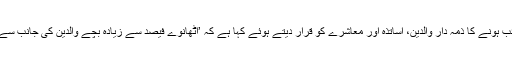
کیپیٹل سٹی پولیس آفیسر امین وینس نے بچے غائب ہونے کا ذمہ دار والدین، اساتذہ اور معاشرے کو قرار دیتے ہوئے کہا ہے کہ ’اٹھانوے فیصد سے زیادہ بچے والدین کی جانب سے ڈانٹ ڈپٹ کیے جانے کے بعد غائب ہوتے ہیں۔